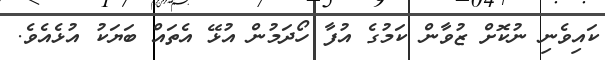
ކައިވެނި ނުކޮށް ޒުވާން ކަމުގެ އުފާ ހޯދަމުން އުޅޭ އެތައް ބަޔަކު އުޅެއެވެ.